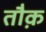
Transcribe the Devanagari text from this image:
तौक़